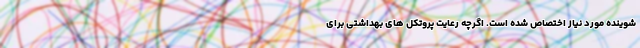
شوينده مورد نياز اختصاص شده است. اگرچه رعایت پروتکل های بهداشتی برای